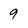
Character: 9